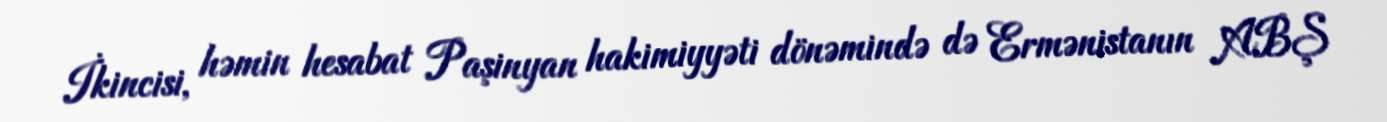
İkincisi, həmin hesabat Paşinyan hakimiyyəti dönəmində də Ermənistanın ABŞ